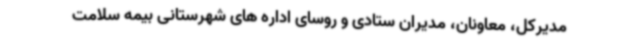
مدیرکل، معاونان، مدیران ستادی و روسای اداره های شهرستانی بیمه سلامت